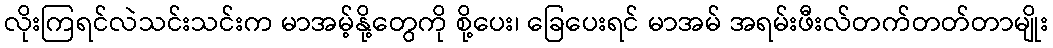
လိုးကြရင်လဲသင်းသင်းက မာအမ့်နို့တွေကို စို့ပေး၊ ခြေပေးရင် မာအမ် အရမ်းဖီးလ်တက်တတ်တာမျိုး